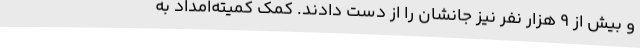
و بیش از 9 هزار نفر نیز جانشان را از دست دادند. کمک کمیته‌امداد به